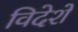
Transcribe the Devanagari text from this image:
विदेशें